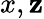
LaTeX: x,\mathbf{z}